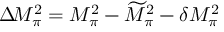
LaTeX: \Delta \! M _ { \pi } ^ { 2 } = M _ { \pi } ^ { 2 } - \widetilde { M } _ { \pi } ^ { 2 } - \delta M _ { \pi } ^ { 2 }